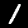
Digit: 1